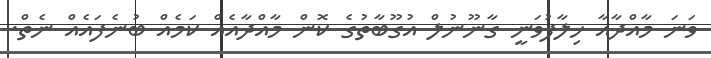
ވަނަ މާއްދާއާ ޚިލާފުވަނީ ގާނޫނުލް އުގޫބާތުގެ ކޮން މާއްދާއެއް ކަމެއް ބުނެފައެއް ނެތް.